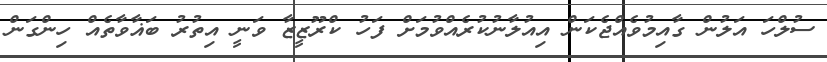
ސުލްހަ އަލުން ގާއިމުވެއްޖެކަން އިއުލާނުކުރެއްވުމަށް ފަހު ކްރޫޒީޒާ ވަނީ އިތުރު ބަޣާވާތެއް ހިންގަން